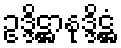
ဥဒ္ဒိဋ္ဌာနုဒ္ဒိဋ္ဌံ